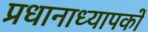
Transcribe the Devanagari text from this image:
प्रधानाध्यापकों